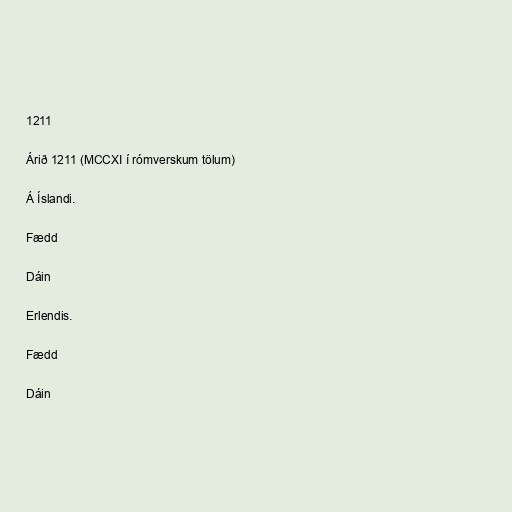
1211

Árið 1211 (MCCXI í rómverskum tölum)

Á Íslandi.

Fædd

Dáin

Erlendis.

Fædd

Dáin